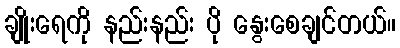
ချိုးရေကို နည်းနည်း ပို နွေးစေချင်တယ်။